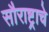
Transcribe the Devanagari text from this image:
सौराष्ट्राचे